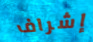
إشراف